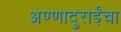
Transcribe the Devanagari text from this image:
अण्णादुराईंचा